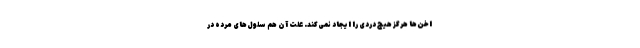
اخن‌ها هرگز هیچ دردی را ایجاد نمی‌کند. علت آن هم سلول‌های مرده در